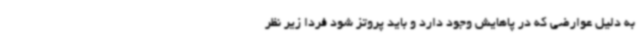
به دلیل عوارضی که در پاهایش وجود دارد و باید پروتز شود فردا زیر نظر